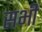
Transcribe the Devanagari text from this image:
सभी